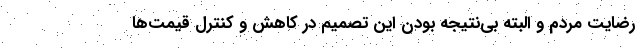
رضایت مردم و البته بی‌نتیجه بودن این تصمیم در کاهش و کنترل قیمت‌ها